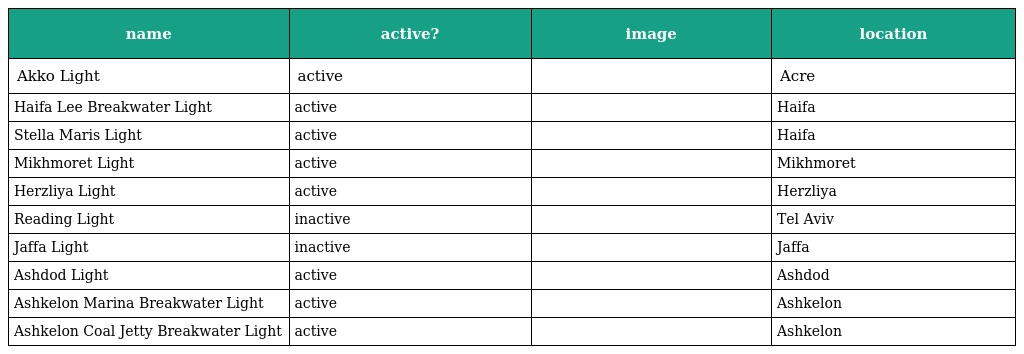
| name | active? | image | location |
 | --- | --- | --- | --- |
 | Akko Light | active |  | Acre |
 | Haifa Lee Breakwater Light | active |  | Haifa |
 | Stella Maris Light | active |  | Haifa |
 | Mikhmoret Light | active |  | Mikhmoret |
 | Herzliya Light | active |  | Herzliya |
 | Reading Light | inactive |  | Tel Aviv |
 | Jaffa Light | inactive |  | Jaffa |
 | Ashdod Light | active |  | Ashdod |
 | Ashkelon Marina Breakwater Light | active |  | Ashkelon |
 | Ashkelon Coal Jetty Breakwater Light | active |  | Ashkelon |